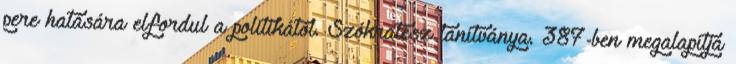
pere hatására elfordul a politikától. Szókratész tanítványa. 387-ben megalapítja